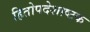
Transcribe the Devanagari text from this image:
हितोपदेशाष्टक